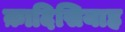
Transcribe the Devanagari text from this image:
क़ादिसियाह